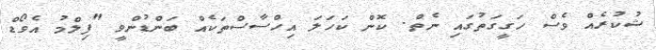
ޝުކުރެއް ވެސް ހަގީގަތުގައި ނެތް. ކޮން ކަހަލަ އިހްސާސްތަކެއް ބަންޑުންވީ "ފިލްމު އެވޯޑް